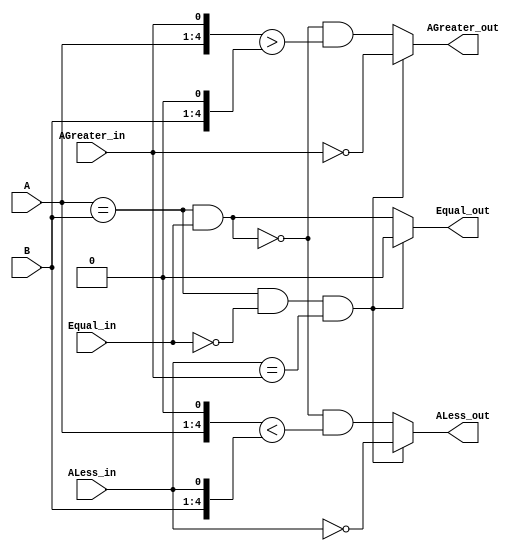
// This program was cloned from: https://github.com/TimRudy/ice-chips-verilog
// License: GNU General Public License v3.0

// 4-bit magnitude comparator

module ttl_7485 #(parameter WIDTH_IN = 4, DELAY_RISE = 0, DELAY_FALL = 0)
(
  input [WIDTH_IN-1:0] A,
  input [WIDTH_IN-1:0] B,
  input ALess_in,
  input Equal_in,
  input AGreater_in,
  output ALess_out,
  output Equal_out,
  output AGreater_out
);

//------------------------------------------------//
reg ALess_computed;
reg Equal_computed;
reg AGreater_computed;

always @(*)
begin
  if (A == B && !Equal_in && ALess_in == AGreater_in)
  begin
    // abnormal inputs used in parallel expansion configuration
    Equal_computed = 1'b0;
    ALess_computed = !ALess_in;
    AGreater_computed = !AGreater_in;
  end
  else
  begin
    // normal inputs
    Equal_computed = A == B && Equal_in;
    ALess_computed = !Equal_computed && {A, 1'b0} < {B, ALess_in};
    AGreater_computed = !Equal_computed && {A, AGreater_in} > {B, 1'b0};
  end
end
//------------------------------------------------//

assign #(DELAY_RISE, DELAY_FALL) ALess_out = ALess_computed;
assign #(DELAY_RISE, DELAY_FALL) Equal_out = Equal_computed;
assign #(DELAY_RISE, DELAY_FALL) AGreater_out = AGreater_computed;

endmodule